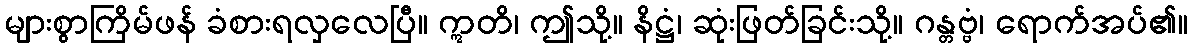
များစွာကြိမ်ဖန် ခံစားရလှလေပြီ။ ဣတိ၊ ဤသို့။ နိဋ္ဌံ၊ ဆုံးဖြတ်ခြင်းသို့။ ဂန္တဗ္ဗံ၊ ရောက်အပ်၏။